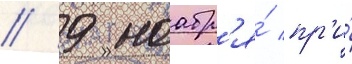
// 9 ноабр'я́ пр'и́